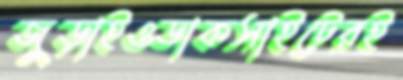
জুড়াইওডাকসাইটেরই